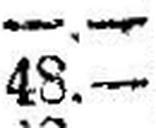
48.—